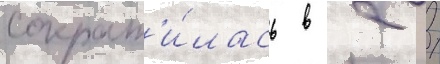
сократ'и́лась в 2 /